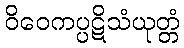
ဝိဝေကပ္ပဋိသံယုတ္တံ